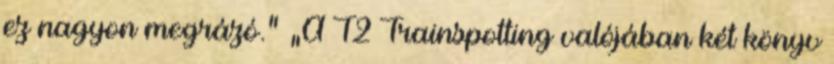
ez nagyon megrázó.” „A T2 Trainspotting valójában két könyv